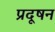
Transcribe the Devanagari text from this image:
प्रदूषन